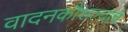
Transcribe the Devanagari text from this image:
वादनकौशल्याचे